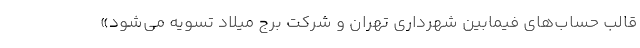
قالب حساب‌هاي فيمابين شهرداري تهران و شركت برج ميلاد تسويه مي‌شود»